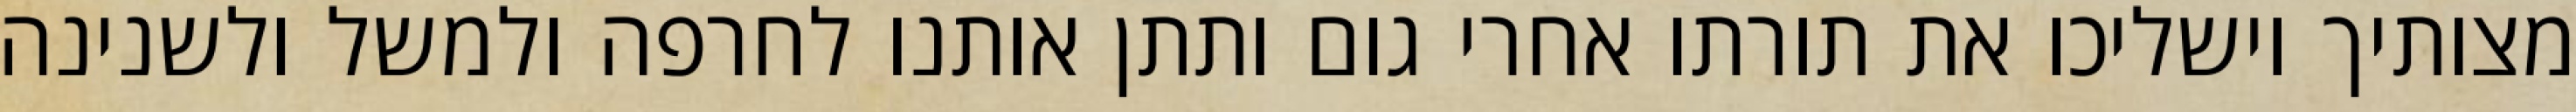
מצותיך וישליכו את תורתו אחרי גום ותתן אותנו לחרפה ולמשל ולשנינה